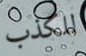
للكذب